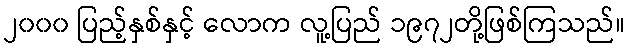
၂၀၀၀ ပြည့်နှစ်နှင့် လောက လူ့ပြည် ၁၉၇၂တို့ဖြစ်ကြသည်။